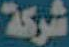
شركة